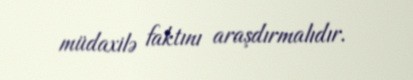
müdaxilə faktını araşdırmalıdır.